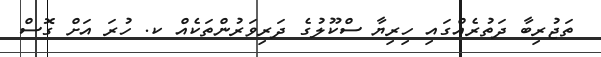
ތަޖުރިބާ ދަތުރެއްގައި ހިރިޔާ ސްކޫލުގެ ދަރިވަރުންތަކެއް ކ. ހުރަ އަށް ގޮސް